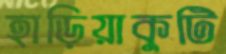
হাড়িয়াকুটি